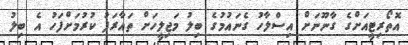
އޮތޯރިޓީއަށްގެ ގާނޫނަށް އިސްލާހު ގެނައުމުގެ ބިލު މަޖިލީހަށް ތައާރަފު ކުރުމަށްފަހު އެ ބިލު